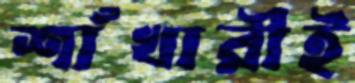
শাঁখারীই